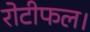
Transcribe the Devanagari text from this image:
रोटीफल।